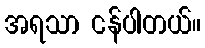
အရသာ ငန်ပါတယ်။